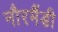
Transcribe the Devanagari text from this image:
नौरमैंडी